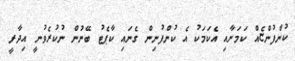
ކުންފުންޏެއް ކަމަށާއި އެކަމަކު އެ ކުންފުނިން ގެނައި ކާޕެޓު ބޭނުން ނުކުރެވުނީ އިދާރީ